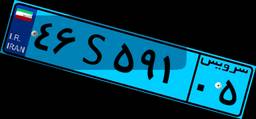
۴۶S۵۹۱۰۵